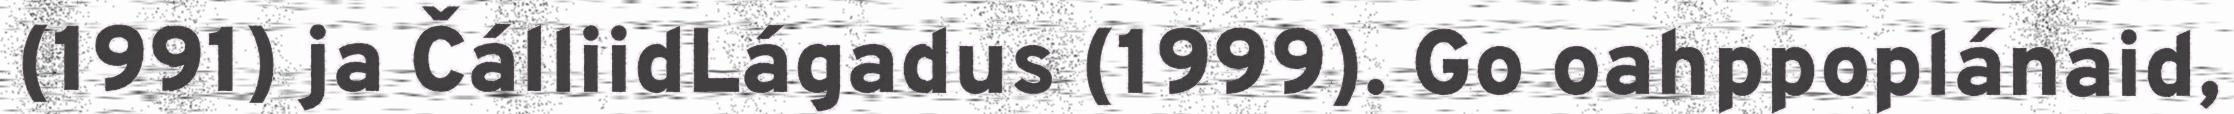
(1991) ja ČálliidLágadus (1999). Go oahppoplánaid,